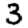
Digit: 3